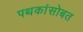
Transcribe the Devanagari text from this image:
पथकांसोबत